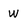
Character: w